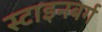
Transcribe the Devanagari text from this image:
स्टाइनबर्ग